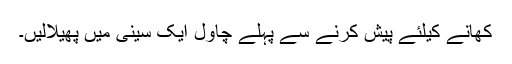
کھانے کیلئے پیش کرنے سے پہلے چاول ایک سینی میں پھیلالیں۔